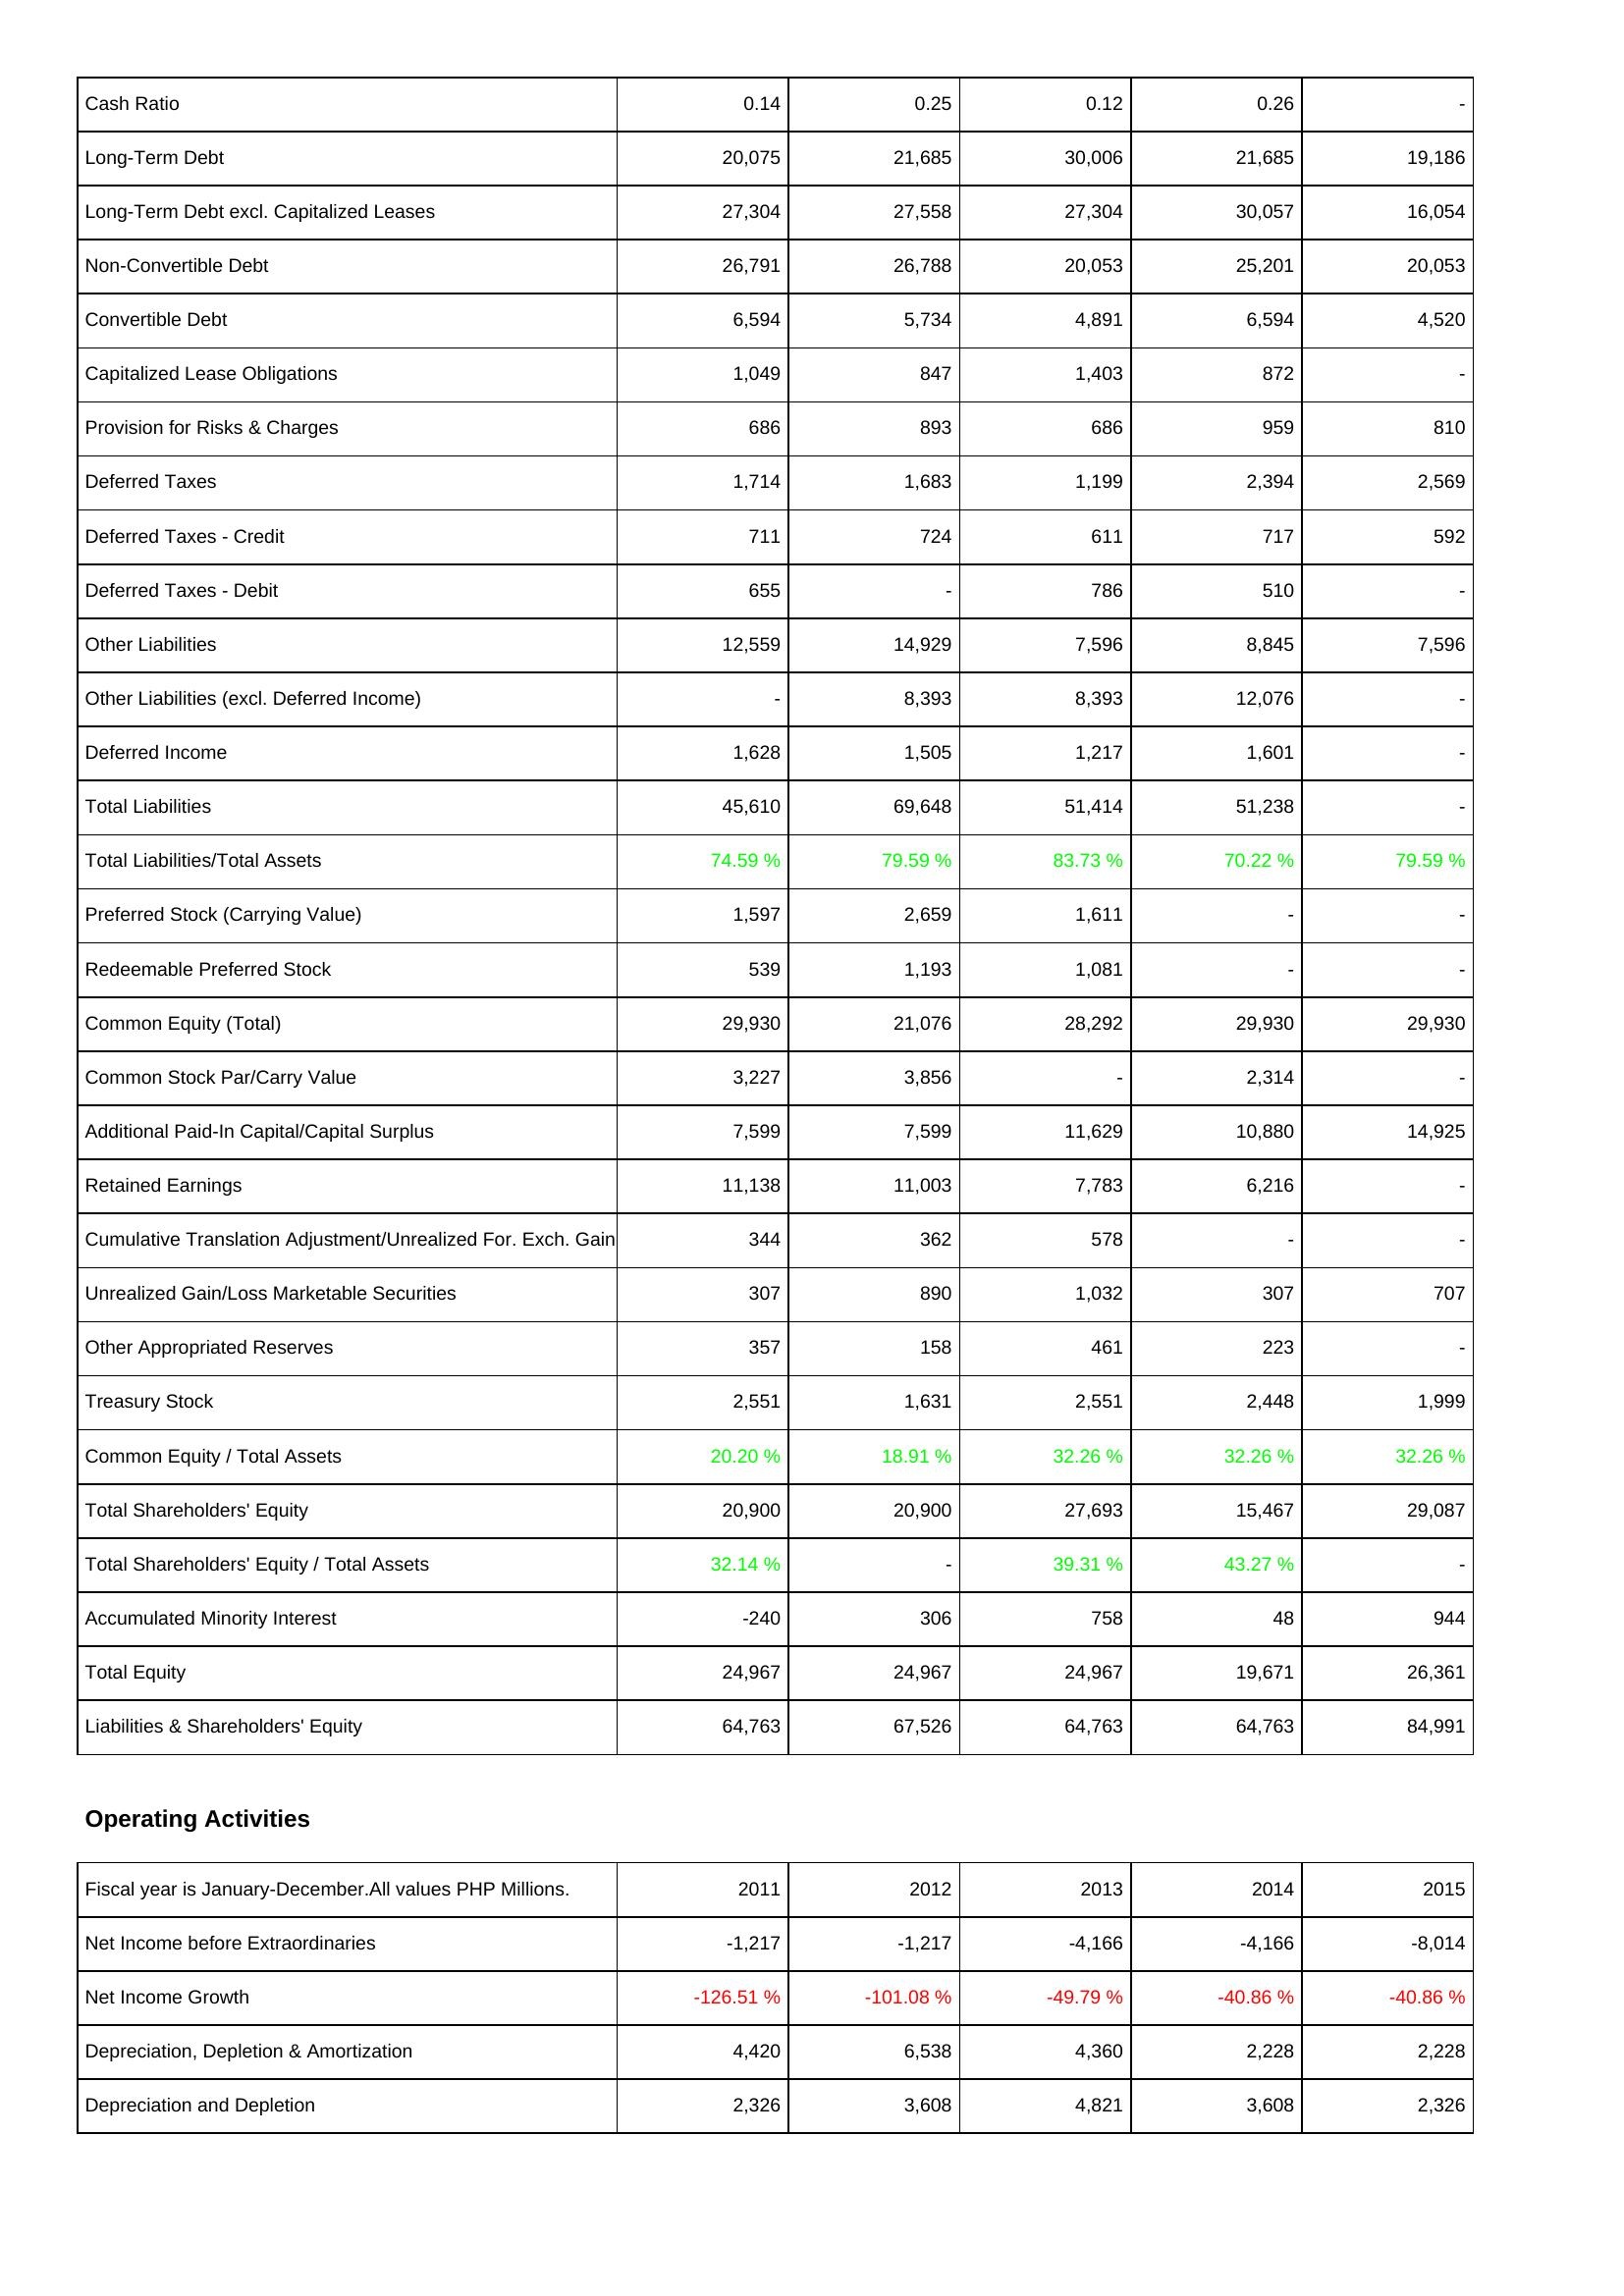
2011: Liabilities & Shareholders' Equity: Cash Ratio: 0.14
Long-Term Debt: 20,075
Long-Term Debt excl. Capitalized Leases: 27,304
Non-Convertible Debt: 26,791
Convertible Debt: 6,594
Capitalized Lease Obligations: 1,049
Provision for Risks & Charges: 686
Deferred Taxes: 1,714
Deferred Taxes - Credit: 711
Deferred Taxes - Debit: 655
Other Liabilities: 12,559
Other Liabilities (excl. Deferred Income): -
Deferred Income: 1,628
Total Liabilities: 45,610
Total Liabilities/Total Assets: 74.59 %
Preferred Stock (Carrying Value): 1,597
Redeemable Preferred Stock: 539
Common Equity (Total): 29,930
Common Stock Par/Carry Value: 3,227
Additional Paid-In Capital/Capital Surplus: 7,599
Retained Earnings: 11,138
Cumulative Translation Adjustment/Unrealized For. Exch. Gain: 344
Unrealized Gain/Loss Marketable Securities: 307
Other Appropriated Reserves: 357
Treasury Stock: 2,551
Common Equity / Total Assets: 20.20 %
Total Shareholders' Equity: 20,900
Total Shareholders' Equity / Total Assets: 32.14 %
Accumulated Minority Interest: -240
Total Equity: 24,967
Liabilities & Shareholders' Equity: 64,763
Operating Activities: Net Income before Extraordinaries: -1,217
Net Income Growth: -126.51 %
Depreciation, Depletion & Amortization: 4,420
Depreciation and Depletion: 2,326
2012: Liabilities & Shareholders' Equity: Cash Ratio: 0.25
Long-Term Debt: 21,685
Long-Term Debt excl. Capitalized Leases: 27,558
Non-Convertible Debt: 26,788
Convertible Debt: 5,734
Capitalized Lease Obligations: 847
Provision for Risks & Charges: 893
Deferred Taxes: 1,683
Deferred Taxes - Credit: 724
Deferred Taxes - Debit: -
Other Liabilities: 14,929
Other Liabilities (excl. Deferred Income): 8,393
Deferred Income: 1,505
Total Liabilities: 69,648
Total Liabilities/Total Assets: 79.59 %
Preferred Stock (Carrying Value): 2,659
Redeemable Preferred Stock: 1,193
Common Equity (Total): 21,076
Common Stock Par/Carry Value: 3,856
Additional Paid-In Capital/Capital Surplus: 7,599
Retained Earnings: 11,003
Cumulative Translation Adjustment/Unrealized For. Exch. Gain: 362
Unrealized Gain/Loss Marketable Securities: 890
Other Appropriated Reserves: 158
Treasury Stock: 1,631
Common Equity / Total Assets: 18.91 %
Total Shareholders' Equity: 20,900
Total Shareholders' Equity / Total Assets: -
Accumulated Minority Interest: 306
Total Equity: 24,967
Liabilities & Shareholders' Equity: 67,526
Operating Activities: Net Income before Extraordinaries: -1,217
Net Income Growth: -101.08 %
Depreciation, Depletion & Amortization: 6,538
Depreciation and Depletion: 3,608
2013: Liabilities & Shareholders' Equity: Cash Ratio: 0.12
Long-Term Debt: 30,006
Long-Term Debt excl. Capitalized Leases: 27,304
Non-Convertible Debt: 20,053
Convertible Debt: 4,891
Capitalized Lease Obligations: 1,403
Provision for Risks & Charges: 686
Deferred Taxes: 1,199
Deferred Taxes - Credit: 611
Deferred Taxes - Debit: 786
Other Liabilities: 7,596
Other Liabilities (excl. Deferred Income): 8,393
Deferred Income: 1,217
Total Liabilities: 51,414
Total Liabilities/Total Assets: 83.73 %
Preferred Stock (Carrying Value): 1,611
Redeemable Preferred Stock: 1,081
Common Equity (Total): 28,292
Common Stock Par/Carry Value: -
Additional Paid-In Capital/Capital Surplus: 11,629
Retained Earnings: 7,783
Cumulative Translation Adjustment/Unrealized For. Exch. Gain: 578
Unrealized Gain/Loss Marketable Securities: 1,032
Other Appropriated Reserves: 461
Treasury Stock: 2,551
Common Equity / Total Assets: 32.26 %
Total Shareholders' Equity: 27,693
Total Shareholders' Equity / Total Assets: 39.31 %
Accumulated Minority Interest: 758
Total Equity: 24,967
Liabilities & Shareholders' Equity: 64,763
Operating Activities: Net Income before Extraordinaries: -4,166
Net Income Growth: -49.79 %
Depreciation, Depletion & Amortization: 4,360
Depreciation and Depletion: 4,821
2014: Liabilities & Shareholders' Equity: Cash Ratio: 0.26
Long-Term Debt: 21,685
Long-Term Debt excl. Capitalized Leases: 30,057
Non-Convertible Debt: 25,201
Convertible Debt: 6,594
Capitalized Lease Obligations: 872
Provision for Risks & Charges: 959
Deferred Taxes: 2,394
Deferred Taxes - Credit: 717
Deferred Taxes - Debit: 510
Other Liabilities: 8,845
Other Liabilities (excl. Deferred Income): 12,076
Deferred Income: 1,601
Total Liabilities: 51,238
Total Liabilities/Total Assets: 70.22 %
Preferred Stock (Carrying Value): -
Redeemable Preferred Stock: -
Common Equity (Total): 29,930
Common Stock Par/Carry Value: 2,314
Additional Paid-In Capital/Capital Surplus: 10,880
Retained Earnings: 6,216
Cumulative Translation Adjustment/Unrealized For. Exch. Gain: -
Unrealized Gain/Loss Marketable Securities: 307
Other Appropriated Reserves: 223
Treasury Stock: 2,448
Common Equity / Total Assets: 32.26 %
Total Shareholders' Equity: 15,467
Total Shareholders' Equity / Total Assets: 43.27 %
Accumulated Minority Interest: 48
Total Equity: 19,671
Liabilities & Shareholders' Equity: 64,763
Operating Activities: Net Income before Extraordinaries: -4,166
Net Income Growth: -40.86 %
Depreciation, Depletion & Amortization: 2,228
Depreciation and Depletion: 3,608
2015: Liabilities & Shareholders' Equity: Cash Ratio: -
Long-Term Debt: 19,186
Long-Term Debt excl. Capitalized Leases: 16,054
Non-Convertible Debt: 20,053
Convertible Debt: 4,520
Capitalized Lease Obligations: -
Provision for Risks & Charges: 810
Deferred Taxes: 2,569
Deferred Taxes - Credit: 592
Deferred Taxes - Debit: -
Other Liabilities: 7,596
Other Liabilities (excl. Deferred Income): -
Deferred Income: -
Total Liabilities: -
Total Liabilities/Total Assets: 79.59 %
Preferred Stock (Carrying Value): -
Redeemable Preferred Stock: -
Common Equity (Total): 29,930
Common Stock Par/Carry Value: -
Additional Paid-In Capital/Capital Surplus: 14,925
Retained Earnings: -
Cumulative Translation Adjustment/Unrealized For. Exch. Gain: -
Unrealized Gain/Loss Marketable Securities: 707
Other Appropriated Reserves: -
Treasury Stock: 1,999
Common Equity / Total Assets: 32.26 %
Total Shareholders' Equity: 29,087
Total Shareholders' Equity / Total Assets: -
Accumulated Minority Interest: 944
Total Equity: 26,361
Liabilities & Shareholders' Equity: 84,991
Operating Activities: Net Income before Extraordinaries: -8,014
Net Income Growth: -40.86 %
Depreciation, Depletion & Amortization: 2,228
Depreciation and Depletion: 2,326